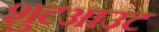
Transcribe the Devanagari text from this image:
शुटआउट